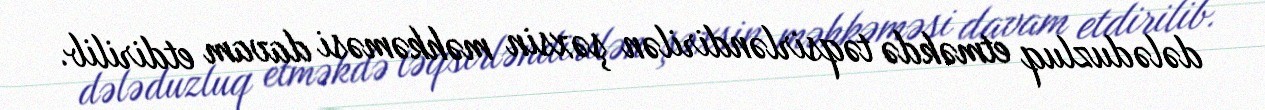
dələduzluq etməkdə təqsirləndirilən şəxsin məhkəməsi davam etdirilib.